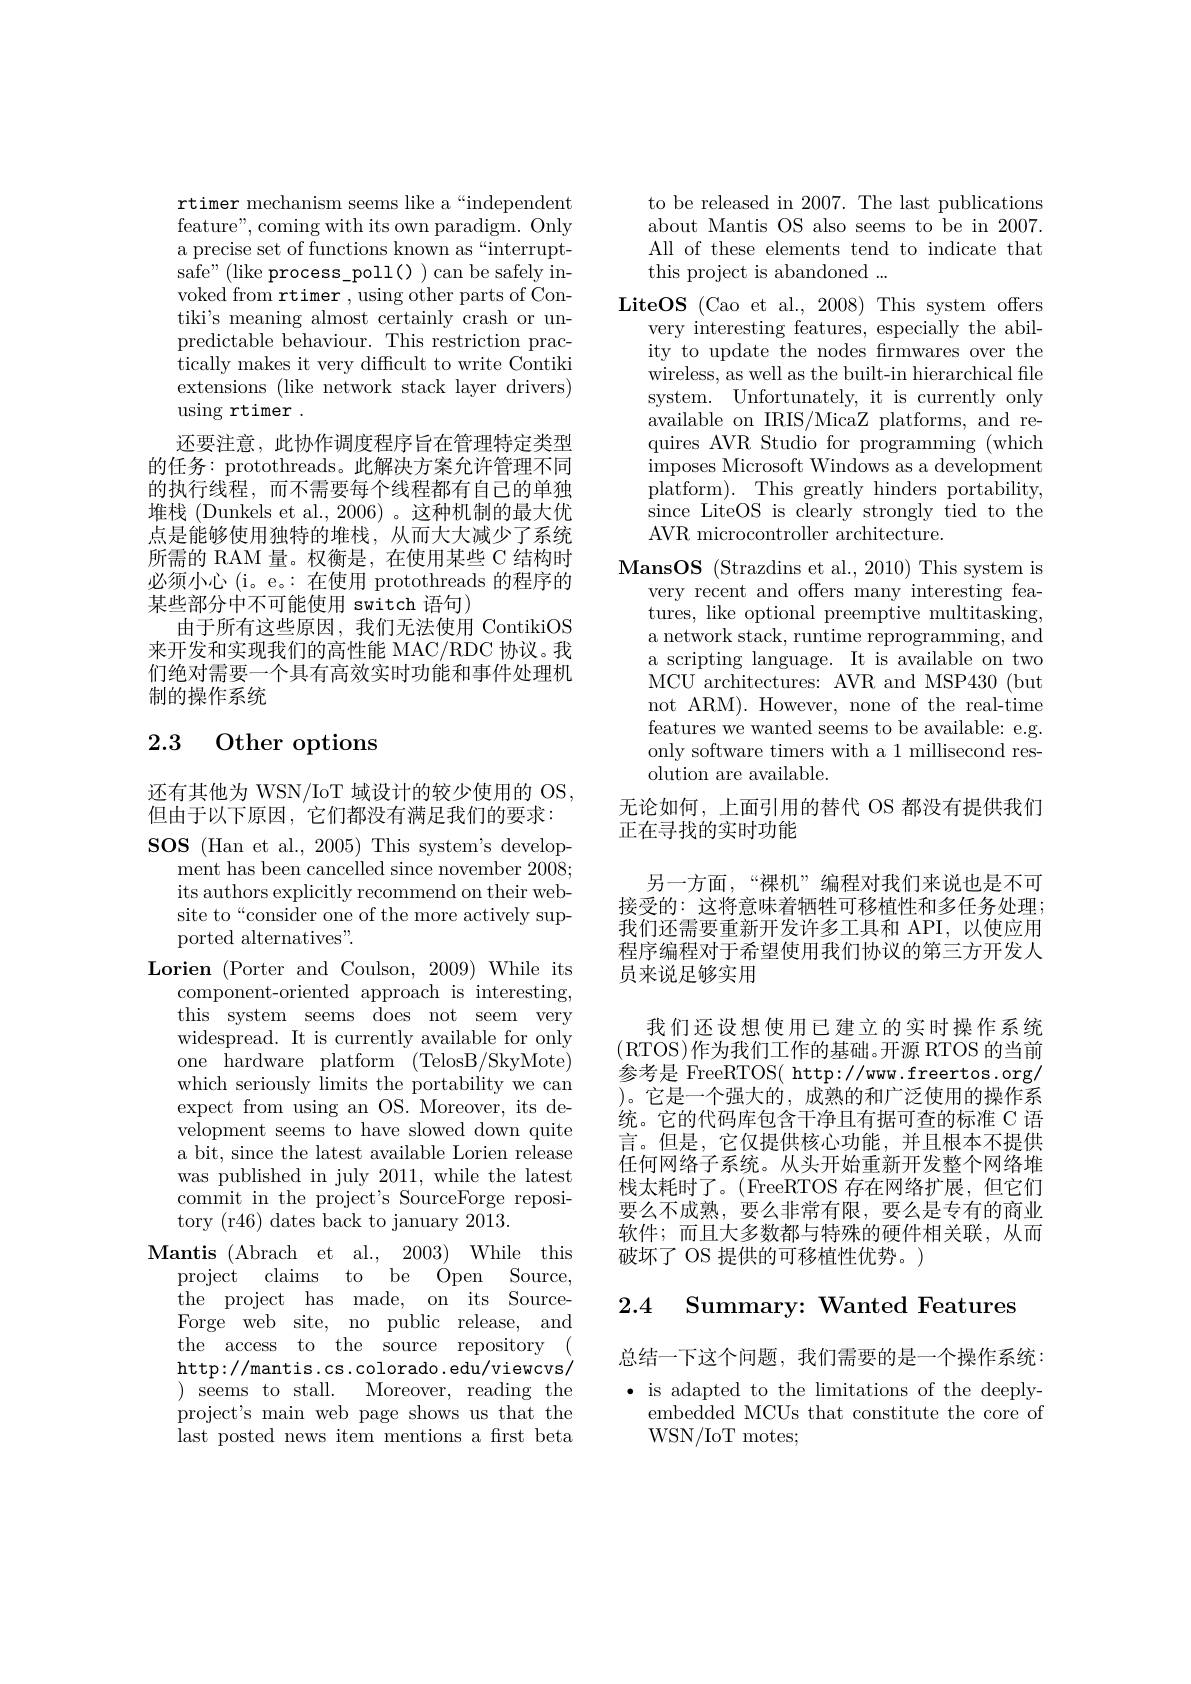
rtimer mechanism seems like a“independent feature", coming with its own paradigm. Only a precise set of functions known as “interrupt- ${\tilde{\text{safe"(like process\_poll()}}}$can be safely invoked from rtimer , using other parts of Contiki's meaning almost certainly crash or unpredictable behaviour. This restriction practically makes it very difficult to write Contiki extensions (like network stack layer drivers) $\operatorname{using}$rtimer.
还要注意，此协作调度程序旨在管理特定类型的任务：protothreads。此解决方案允许管理不同的执行线程，而不需要每个线程都有自己的单独堆栈 (Dunkels et al., 2006)。这种机制的最大优点是能够使用独特的堆栈，从而大大减少了系统所需的 RAM 量。权衡是，在使用某些 C 结构时必须小心 (i。e。:在使用 protothreads 的程序的某些部分中不可能使用 switch 语句)
由于所有这些原因，我们无法使用 ContikiOS 来开发和实现我们的高性能 MAC/RDC 协议。我们绝对需要一个具有高效实时功能和事件处理机制的操作系统

## 2.3 Other options

还有其他为 WSN/IoT 域设计的较少使用的 OS,
但由于以下原因，它们都没有满足我们的要求： $\textbf{SOS ( Han et al. , 2005) This system' s develop- }$
ment has been cancelled since november 2008; its authors explicitly recommend on their website to“consider one of the more actively supported alternatives".
Lorien (Porter and Coulson, 2009) While its
component-oriented approach is interesting, this system seems does not seem very widespread. It is currently available for only one hardware platform (TelosB/SkyMote) which seriously limits the portability we can expect from using an OS. Moreover, its development seems to have slowed down quite a bit, since the latest available Lorien release was published in july 2011, while the latest commit in the project's SourceForge repository (r46) dates back to january 2013.
Mantis (Abrach et al., 2003) While this
project claims to be Open Source, the project has made, on its SourceForge web site, no public release, and the access to the source repository ( http://mantis.cs.colorado.edu/viewcvs/ ${\mathrm{)}}{{\mathrm{seems~to~stall.}}}$
Moreover, reading the
project's main web page shows us that the last posted news item mentions a frst beta

to be released in 2007. The last publications about Mantis OS also seems to be in 2007. All of these elements tend to indicate that this project is abandoned ...
LiteOS (Cao et al., 2008) This system offers
very interesting features, especially the ability to update the nodes frmwares over the wireless, as well as the built-in hierarchical file system. Unfortunately, it is currently only available on IRIS/MicaZ platforms, and requires AVR Studio for programming (which imposes Microsoft Windows as a development platform). This greatly hinders portability, since LiteOS is clearly strongly tied to the AVR microcontroller architecture.
$\textbf{MansOS ( Strazdins et al. , 2010) This system is}$
very recent and offers many interesting features, like optional preemptive multitasking, a network stack, runtime reprogramming, and a scripting language. It is available on two MCU architectures: AVR and MSP430 (but not ARM). However, none of the real-time features we wanted seems to be available: e.g. only software timers with a 1 millisecond resolution are available.
无论如何，上面引用的替代 OS 都没有提供我们

## 正在寻找的实时功能

另一方面，“裸机”编程对我们来说也是不可接受的：这将意味着牺牲可移植性和多任务处理； 我们还需要重新开发许多工具和 API,以使应用程序编程对于希望使用我们协议的第三方开发人员来说足够实用

我们还设想使用已建立的实时操作系统$(\operatorname{RTOS})$作为我们工作的基础。开源 RTOS 的当前参考是 FreeRTOS( http://ww.freertos.org/ )。它是一个强大的，成熟的和广泛使用的操作系统。它的代码库包含干净且有据可查的标准 C 语言。但是，它仅提供核心功能，并且根本不提供任何网络子系统。从头开始重新开发整个网络堆栈太耗时了。(FreeRTOS 存在网络扩展，但它们要么不成熟，要么非常有限，要么是专有的商业软件；而且大多数都与特殊的硬件相关联，从而破坏了 OS 提供的可移植性优势。)

# 2.4 Summary: Wanted Features

总结一下这个问题，我们需要的是一个操作系统$\bullet$ is adapted to the limitations of the deeply-
embedded MCUs that constitute the core of
WSN/IoT motes;